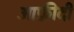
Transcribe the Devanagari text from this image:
आफ़्रीदी